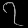
Digit: ၇